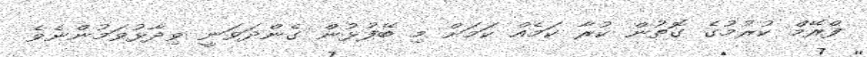
ފްރޭމް ކުރުމުގެ ގޮތުން ކުރާ ކަމެއް ކަމަށް މި ބޭފުޅުން ގެންދަވަނީ ވިދާޅުވަމުންނެވެ.